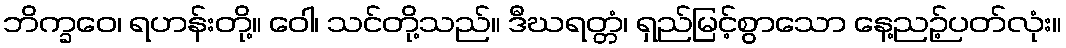
ဘိက္ခဝေ၊ ရဟန်းတို့။ ဝေါ၊ သင်တို့သည်။ ဒီဃရတ္တံ၊ ရှည်မြင့်စွာသော နေ့ညဉ့်ပတ်လုံး။